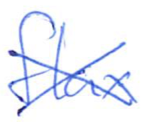
Text: flax
Cross-out: cross
Writing tool: ballpoint